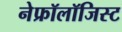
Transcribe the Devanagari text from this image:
नेफ्रॉलॉजिस्ट